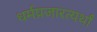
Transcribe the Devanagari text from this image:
धर्मप्रजारत्यर्थां